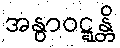
အနွာဝဋ္ဋန္တိ